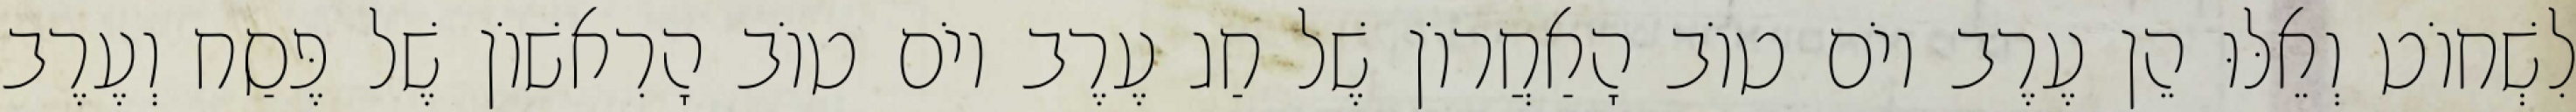
לִשְׁחוֹט וְאֵלּוּ הֵן עֶרֶב יוֹם טוֹב הָאַחֲרוֹן שֶׁל חַג עֶרֶב יוֹם טוֹב הָרִאשׁוֹן שֶׁל פֶּסַח וְעֶרֶב